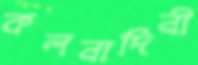
কলনাদিনী